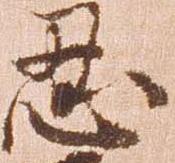
忍